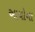
આયોના